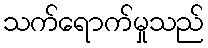
သက်ရောက်မှုသည်